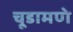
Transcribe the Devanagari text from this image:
चूडामणे